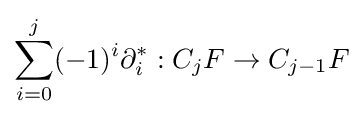
\sum _{i=0}^{j}(-1)^{i}\partial _{i}^{*}:C_{j}F\to C_{j-1}F